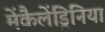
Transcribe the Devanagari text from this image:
मेंकैलेंड्रिनिया